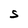
Character: S